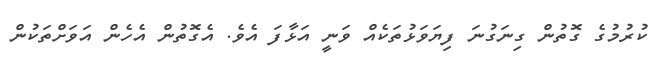
ކުރުމުގެ ގޮތުން ގިނަގުނަ ފިޔަވަޅުތަކެއް ވަނީ އަޅާފަ އެވެ. އެގޮތުން އެހެން އަވަށްތަކުން